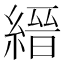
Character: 縉